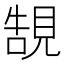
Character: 𧠼